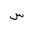
Letter: _sin